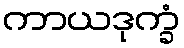
ကာယဒုက္ခံ